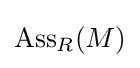
\operatorname {Ass} _{R}(M)